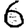
Digit: 6